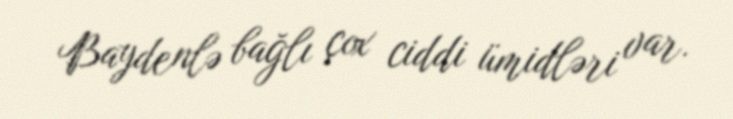
Baydenlə bağlı çox ciddi ümidləri var.